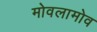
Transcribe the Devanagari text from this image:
मोवलामोव